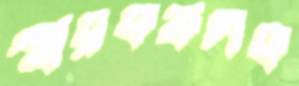
স্মারকফলক